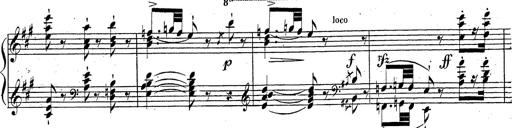
Title: Grande fantaisie sur la tyrolienne de l'opÃ©ra
Composer: Franz Liszt
Key: A major